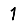
Digit: 1